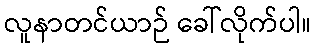
လူနာတင်ယာဉ် ခေါ်လိုက်ပါ။